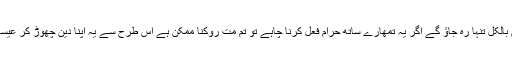
وزیر نے کہا کوئی بات نہیں اب تم دونوں اس گھر میں بالکل تنہا رہ جاؤ گے اگر یہ تمھارے ساتھ حرام فعل کرنا چاہے تو تم مت روکنا ممکن ہے اس طرح سے یہ اپنا دین چھوڑ کر عیسائی ہو جائے تب تم دونوں کی شادی کر دی جائے گی ۔